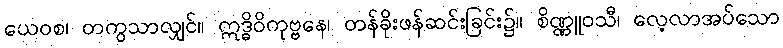
ယေဝစ၊ တကွသာလျှင်။ ဣဒ္ဓိဝိကုဗ္ဗနေ၊ တန်ခိုးဖန်ဆင်းခြင်း၌။ စိဏ္ဏူဝသီ၊ လေ့လာအပ်သော